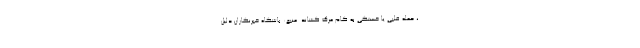
، حمله قلبی یا خستگی به کام مرگ کشاند. منبع: باشگاه خبرنگاران دلیل